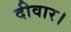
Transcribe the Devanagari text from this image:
दीवार।